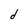
Character: d